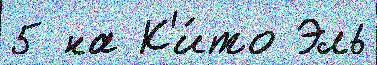
5 на К'и́то Эль